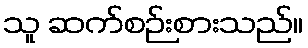
သူ ဆက်စဉ်းစားသည်။